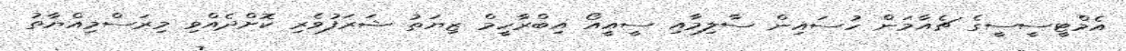
އެމްޓީސީސީގެ ޗެއާމަން ހުސައިން ސާލިމާއި ސީއީއޯ އިބްރާހީމް ޒިޔަތު ޝަރަފުވެރި ކޮށްދެއްވި މިރަސްމިއްޔާތު